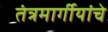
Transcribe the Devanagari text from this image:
तंत्रमार्गीयांचे